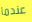
عندما